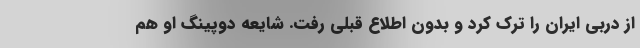
از دربی ایران را ترک کرد و بدون اطلاع قبلی رفت. شایعه دوپینگ او هم